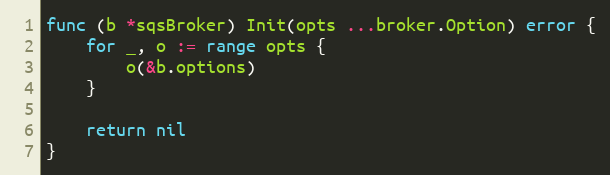
Language: Go
func (b *sqsBroker) Init(opts ...broker.Option) error {
	for _, o := range opts {
		o(&b.options)
	}

	return nil
}